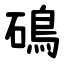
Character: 䲽